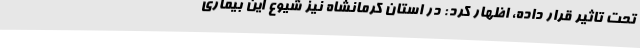
تحت تاثیر قرار داده، اظهار کرد: در استان کرمانشاه نیز شیوع این بیماری